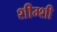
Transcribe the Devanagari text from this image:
शीम्शी